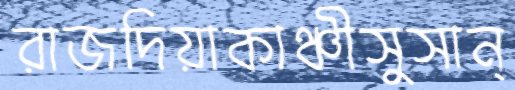
রাজদিয়াকাঞ্চীসুসান্